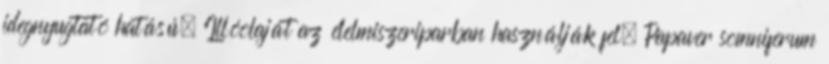
idegnyugtató hatású. Illóolaját az élelmiszeriparban használják fel. Papaver somniferum